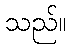
သည်။